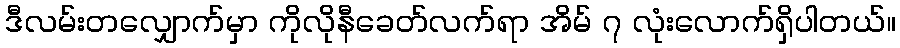
ဒီလမ်းတလျှောက်မှာ ကိုလိုနီခေတ်လက်ရာ အိမ် ၇ လုံးလောက်ရှိပါတယ်။